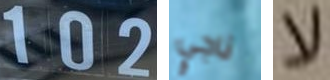
102 ناجي لا